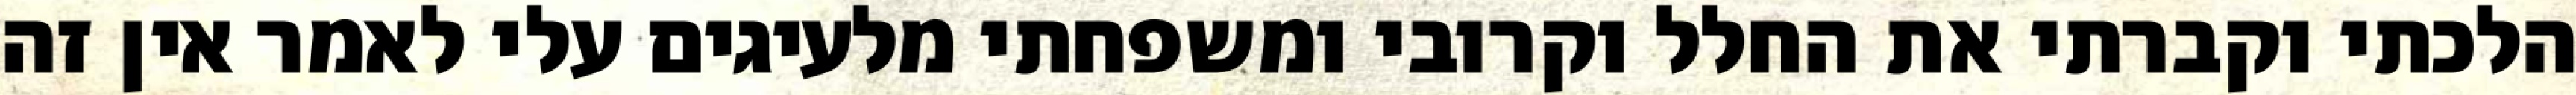
הלכתי וקברתי את החלל וקרובי ומשפחתי מלעיגים עלי לאמר אין זה